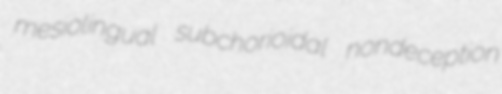
mesiolingual subchorioidal nondeception